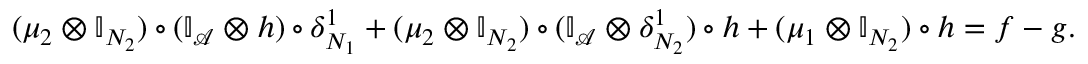
\begin{array} { r } { ( \mu _ { 2 } \otimes \mathbb { I } _ { N _ { 2 } } ) \circ ( \mathbb { I } _ { \mathcal { A } } \otimes h ) \circ \delta _ { N _ { 1 } } ^ { 1 } + ( \mu _ { 2 } \otimes \mathbb { I } _ { N _ { 2 } } ) \circ ( \mathbb { I } _ { \mathcal { A } } \otimes \delta _ { N _ { 2 } } ^ { 1 } ) \circ h + ( \mu _ { 1 } \otimes \mathbb { I } _ { N _ { 2 } } ) \circ h = f - g . } \end{array}